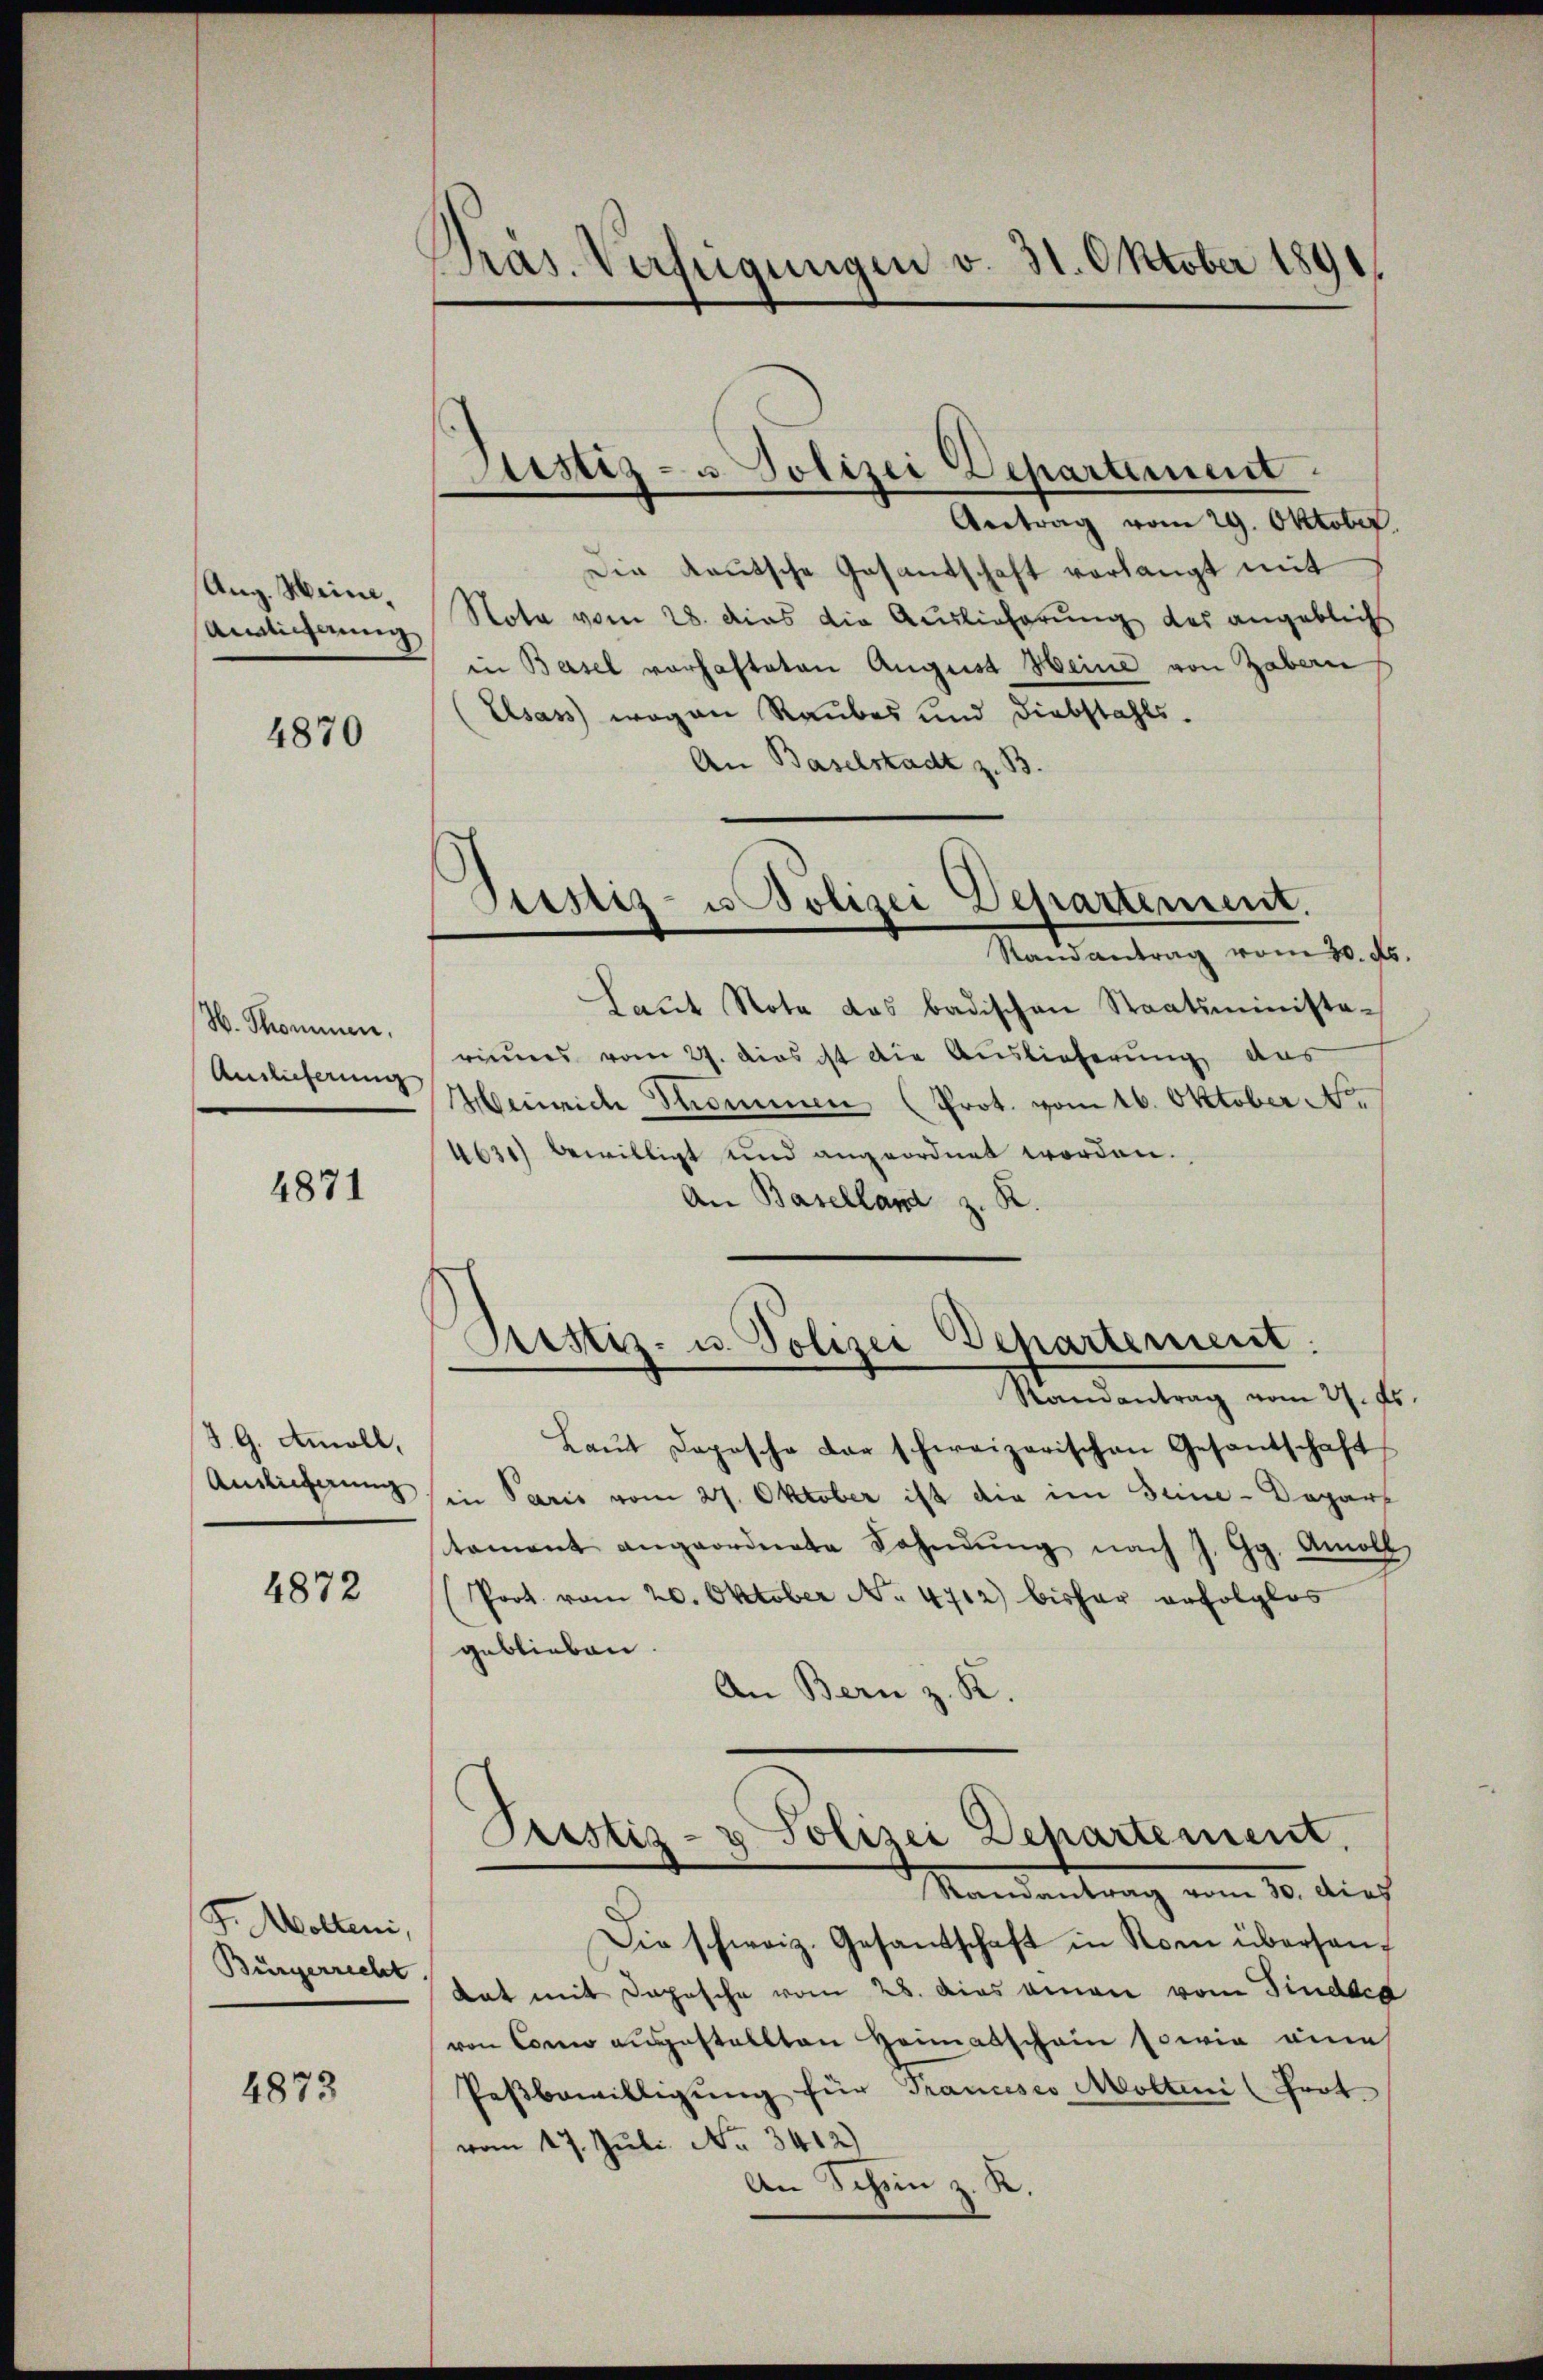
Aug. Meine.
Ainlicherung

4870

H. Skommen.
Auslieferung

4871

39. Amoll,
Auslieferung

4872

F. Motten,
Bürgerrecht

4873

Pras. Verfügungen v. 31. Oktober 1891.

Justiz- u Polizei Departement

Antrag vom 29. Oktober.
Die Kautsche Gesantschaft verlangt mit
Nota vom 28. dies die Auslieferung des angeblichs
in Basel vorhafteten August Heine von Gabern
(Elsass wegen Raubes und Diebstahls.
An Baselstadt z. B.
Laŭt Note das badischen Staatsministe-
rinnes vom 27. dies ist die Auslieferung aus
Heinrich Thommen (Prot. vom 16. Oktober Nor
4631) bewilligt und angeordnet worden.
An Baselland z. R.
Pestiz- u. Polizei Departement.
Randantrag vom 27. Es
Laŭt Dopische dar schweizerischen Gesantschaft
in Paris vom 27. Oktober ist die im Seine-Depart
tament angeordnete Lohnŭng nach J. Gg. Amoll
(Prot. vom 20. Oktober No. 4712 bisher erfolglos
geblieben.
An Bern z. K.
Pustiz- & Polizei Departement.
Mandantrag vom 10. Ausf
Die schweiz. Gesandschaft in Rom überhantat mit Depesche vom 28. Das einen vom Findeca
von Cor ausgestellten Heimatschein sowie eine
Pestbewilligung für Trancesco Moltini (Frot.
vom 17. Juli No 3412)
An Schön z. K.

Prostiz- u Polizei Departement.
Randantrag vom 30. ds